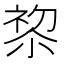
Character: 𭕋